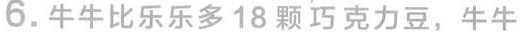
6.牛牛比乐乐多18颗巧克力豆，牛牛